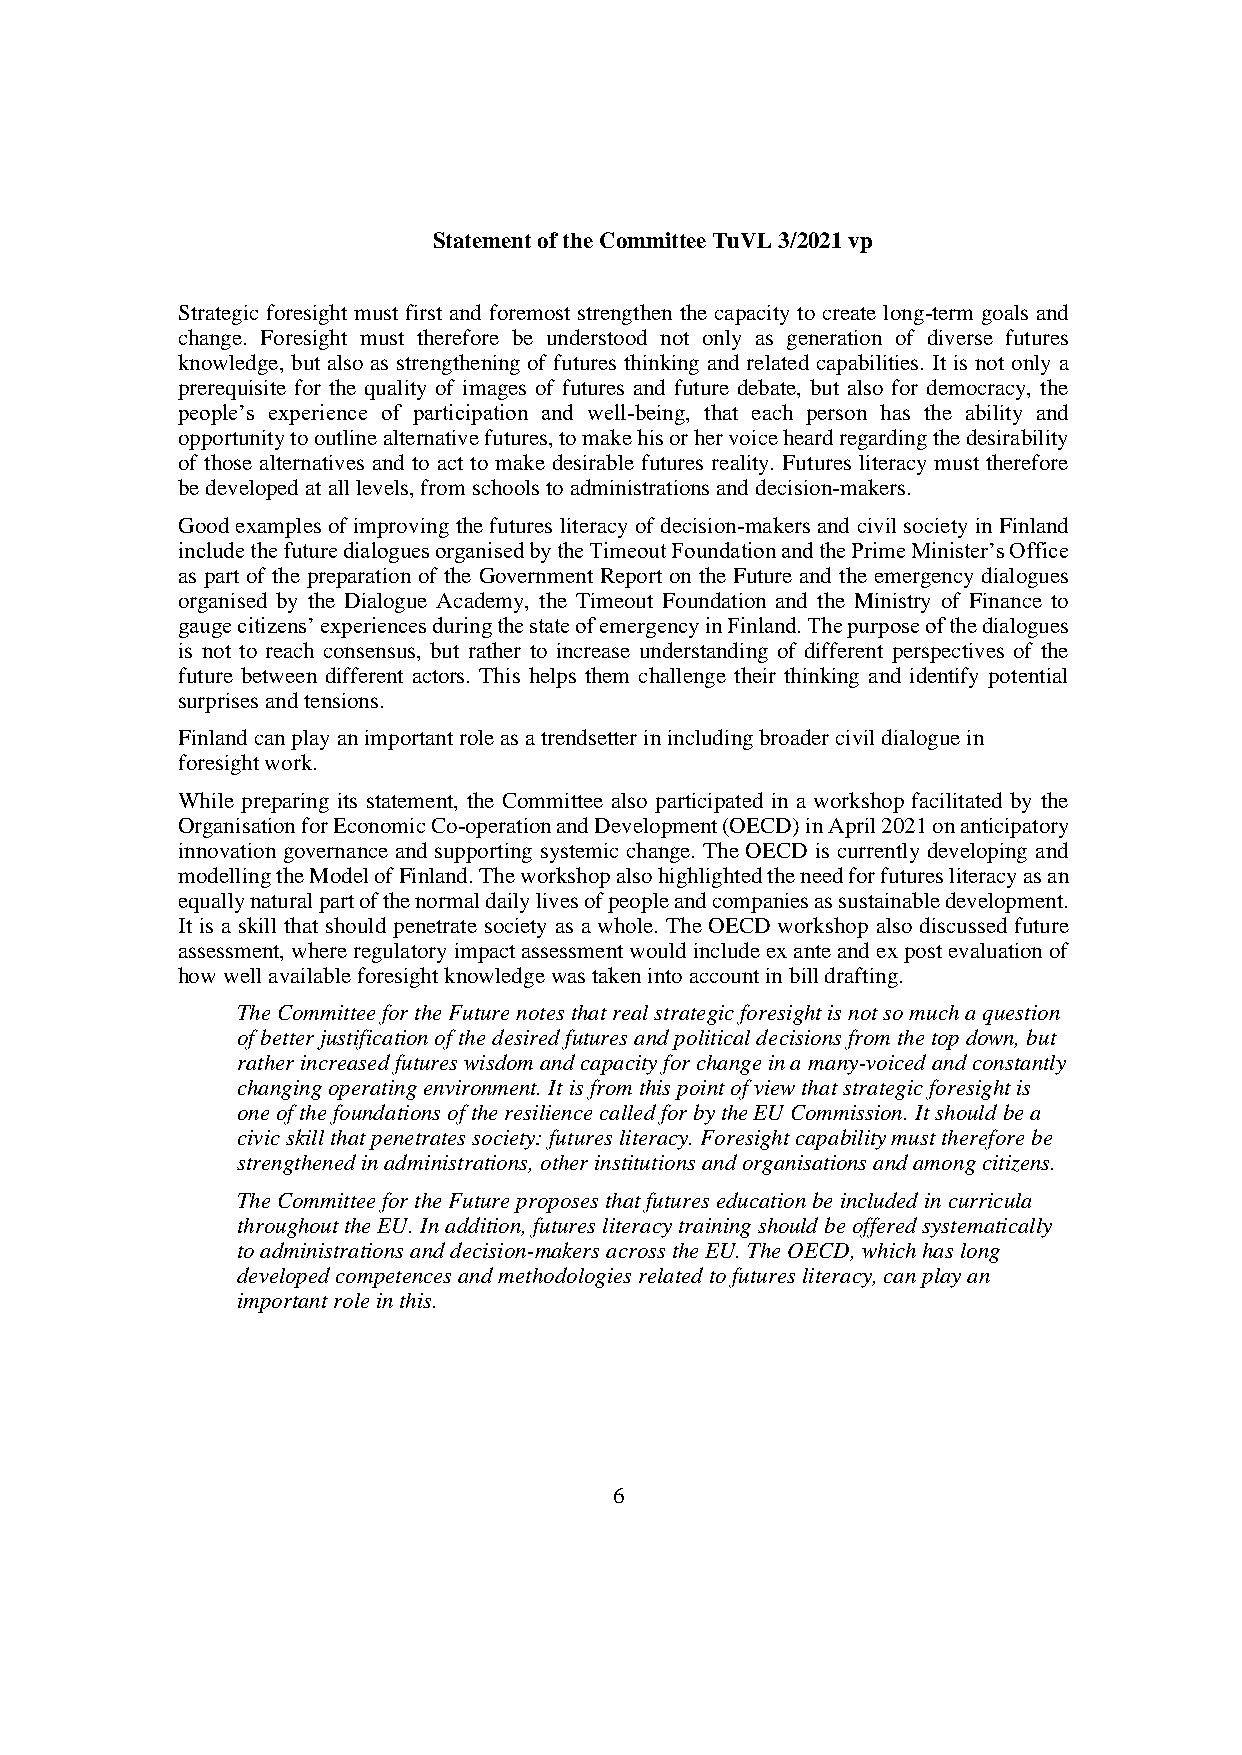
Statement of the Committee TuVL 3/2021 vp
 Strategic foresight must first and foremost strengthen the capacity to create long-term goals and
 change. Foresight must therefore be understood not only as generation of diverse futures
 knowledge, but also as strengthening of futures thinking and related capabilities. It is not only a
 prerequisite for the quality of images of futures and future debate, but also for democracy, the
 people’s experience of participation and well-being, that each person has the ability and
 opportunity to outline alternative futures, to make his or her voice heard regarding the desirability
 of those alternatives and to act to make desirable futures reality. Futures literacy must therefore
 be developed at all levels, from schools to administrations and decision-makers.
 Good examples of improving the futures literacy of decision-makers and civil society in Finland
 include the future dialogues organised by the Timeout Foundation and the Prime Minister’s Office
 as part of the preparation of the Government Report on the Future and the emergency dialogues
 organised by the Dialogue Academy, the Timeout Foundation and the Ministry of Finance to
 gauge citizens’ experiences during the state of emergency in Finland. The purpose of the dialogues
 is not to reach consensus, but rather to increase understanding of different perspectives of the
 future between different actors. This helps them challenge their thinking and identify potential
 surprises and tensions.
 Finland can play an important role as a trendsetter in including broader civil dialogue in
 foresight work.
 While preparing its statement, the Committee also participated in a workshop facilitated by the
 Organisation for Economic Co-operation and Development (OECD) in April 2021 on anticipatory
 innovation governance and supporting systemic change. The OECD is currently developing and
 modelling the Model of Finland. The workshop also highlighted the need for futures literacy as an
 equally natural part of the normal daily lives of people and companies as sustainable development.
 It is a skill that should penetrate society as a whole. The OECD workshop also discussed future
 assessment, where regulatory impact assessment would include ex ante and ex post evaluation of
 how well available foresight knowledge was taken into account in bill drafting.
 The Committee for the Future notes that real strategic foresight is not so much a question
 of better justification of the desired futures and political decisions from the top down, but
 rather increased futures wisdom and capacity for change in a many-voiced and constantly
 changing operating environment. It is from this point of view that strategic foresight is
 one of the foundations of the resilience called for by the EU Commission. It should be a
 civic skill that penetrates society: futures literacy. Foresight capability must therefore be
 strengthened in administrations, other institutions and organisations and among citizens.
 The Committee for the Future proposes that futures education be included in curricula
 throughout the EU. In addition, futures literacy training should be offered systematically
 to administrations and decision-makers across the EU. The OECD, which has long
 developed competences and methodologies related to futures literacy, can play an
 important role in this.
 6